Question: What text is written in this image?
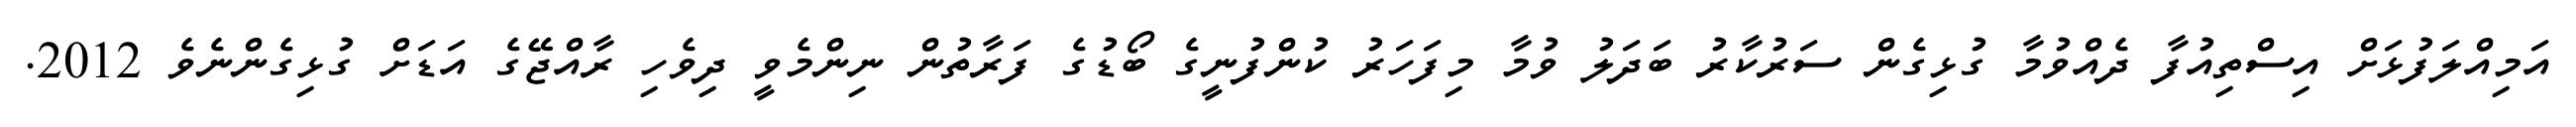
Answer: އަމިއްލަފުޅަށް އިސްތިއުފާ ދެއްވުމާ ގުޅިގެން ސަރުކާރު ބަދަލު ވުމާ މިފަހަރު ކުންފުނީގެ ބޯޑުގެ ފަރާތުން ނިންމެވީ ދިވެހި ރާއްޖޭގެ އަޑަށް ގުޅިގެންނެވެ 2012.